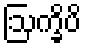
ဩက္ခိပိ